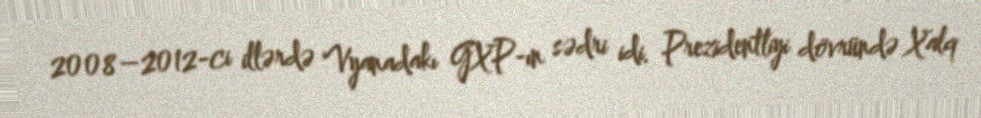
2008–2012-ci illərdə Vyanadakı GXP-ın sədri idi. Prezidentliyi dövründə Xalq